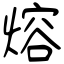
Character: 熔